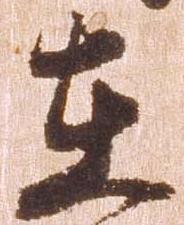
在